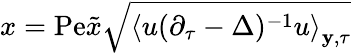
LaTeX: x=\mathrm{Pe}\tilde{x}\sqrt{\left\langle u(\partial_{\tau}-\Delta)^{-1}u\right\rangle_{\mathbf{y},\tau}}